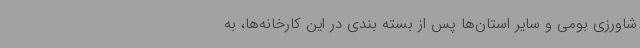
شاورزی بومی و سایر استان‌ها پس از بسته بندی در این کارخانه‌ها، به